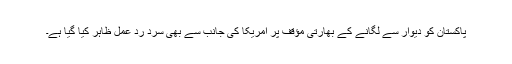
پاکستان کو دیوار سے لگانے کے بھارتی مؤقف پر امریکا کی جانب سے بھی سرد ردِ عمل ظاہر کیا گیا ہے۔